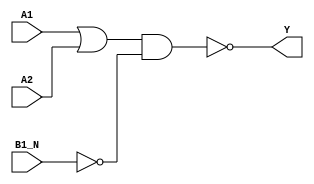
`timescale 1ps/1ps
module cell_o21bai
(
    input wire A1,
    input wire A2,
    input wire B1_N,
    output wire Y
);
    assign Y = !((A1 | A2) & !B1_N);
endmodule